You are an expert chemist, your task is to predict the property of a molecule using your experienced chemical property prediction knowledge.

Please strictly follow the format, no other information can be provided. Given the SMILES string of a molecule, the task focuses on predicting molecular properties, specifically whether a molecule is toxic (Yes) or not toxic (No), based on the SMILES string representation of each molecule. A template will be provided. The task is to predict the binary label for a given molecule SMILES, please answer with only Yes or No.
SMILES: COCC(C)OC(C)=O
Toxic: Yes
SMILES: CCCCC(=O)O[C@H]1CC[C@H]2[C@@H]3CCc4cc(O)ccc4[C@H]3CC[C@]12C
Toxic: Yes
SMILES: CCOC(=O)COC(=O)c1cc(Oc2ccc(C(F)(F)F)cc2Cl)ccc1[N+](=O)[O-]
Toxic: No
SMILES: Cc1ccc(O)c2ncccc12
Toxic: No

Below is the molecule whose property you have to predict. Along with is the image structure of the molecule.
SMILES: CC(=O)CC(C)=O
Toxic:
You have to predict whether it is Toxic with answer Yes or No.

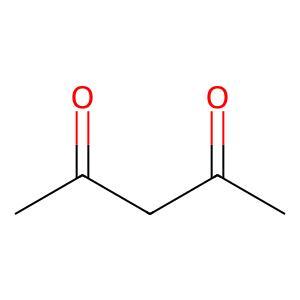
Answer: No